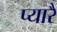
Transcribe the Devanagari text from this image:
प्यारै